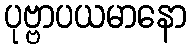
ပုဗ္ဗာပယမာနော